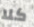
كلا